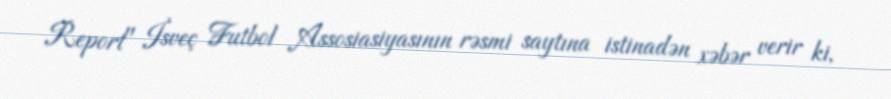
Report" İsveç Futbol Assosiasiyasının rəsmi saytına istinadən xəbər verir ki,